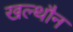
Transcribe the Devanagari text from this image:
खल्थौन